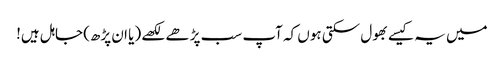
میں یہ کیسے بھول سکتی ہوں کہ آپ سب پڑھے لکھے (یا ان پڑھ) جاہل ہیں!